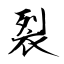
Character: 裂